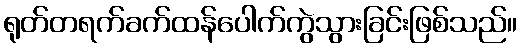
ရုတ်တရက်ခက်ထန်ပေါက်ကွဲသွားခြင်းဖြစ်သည်။